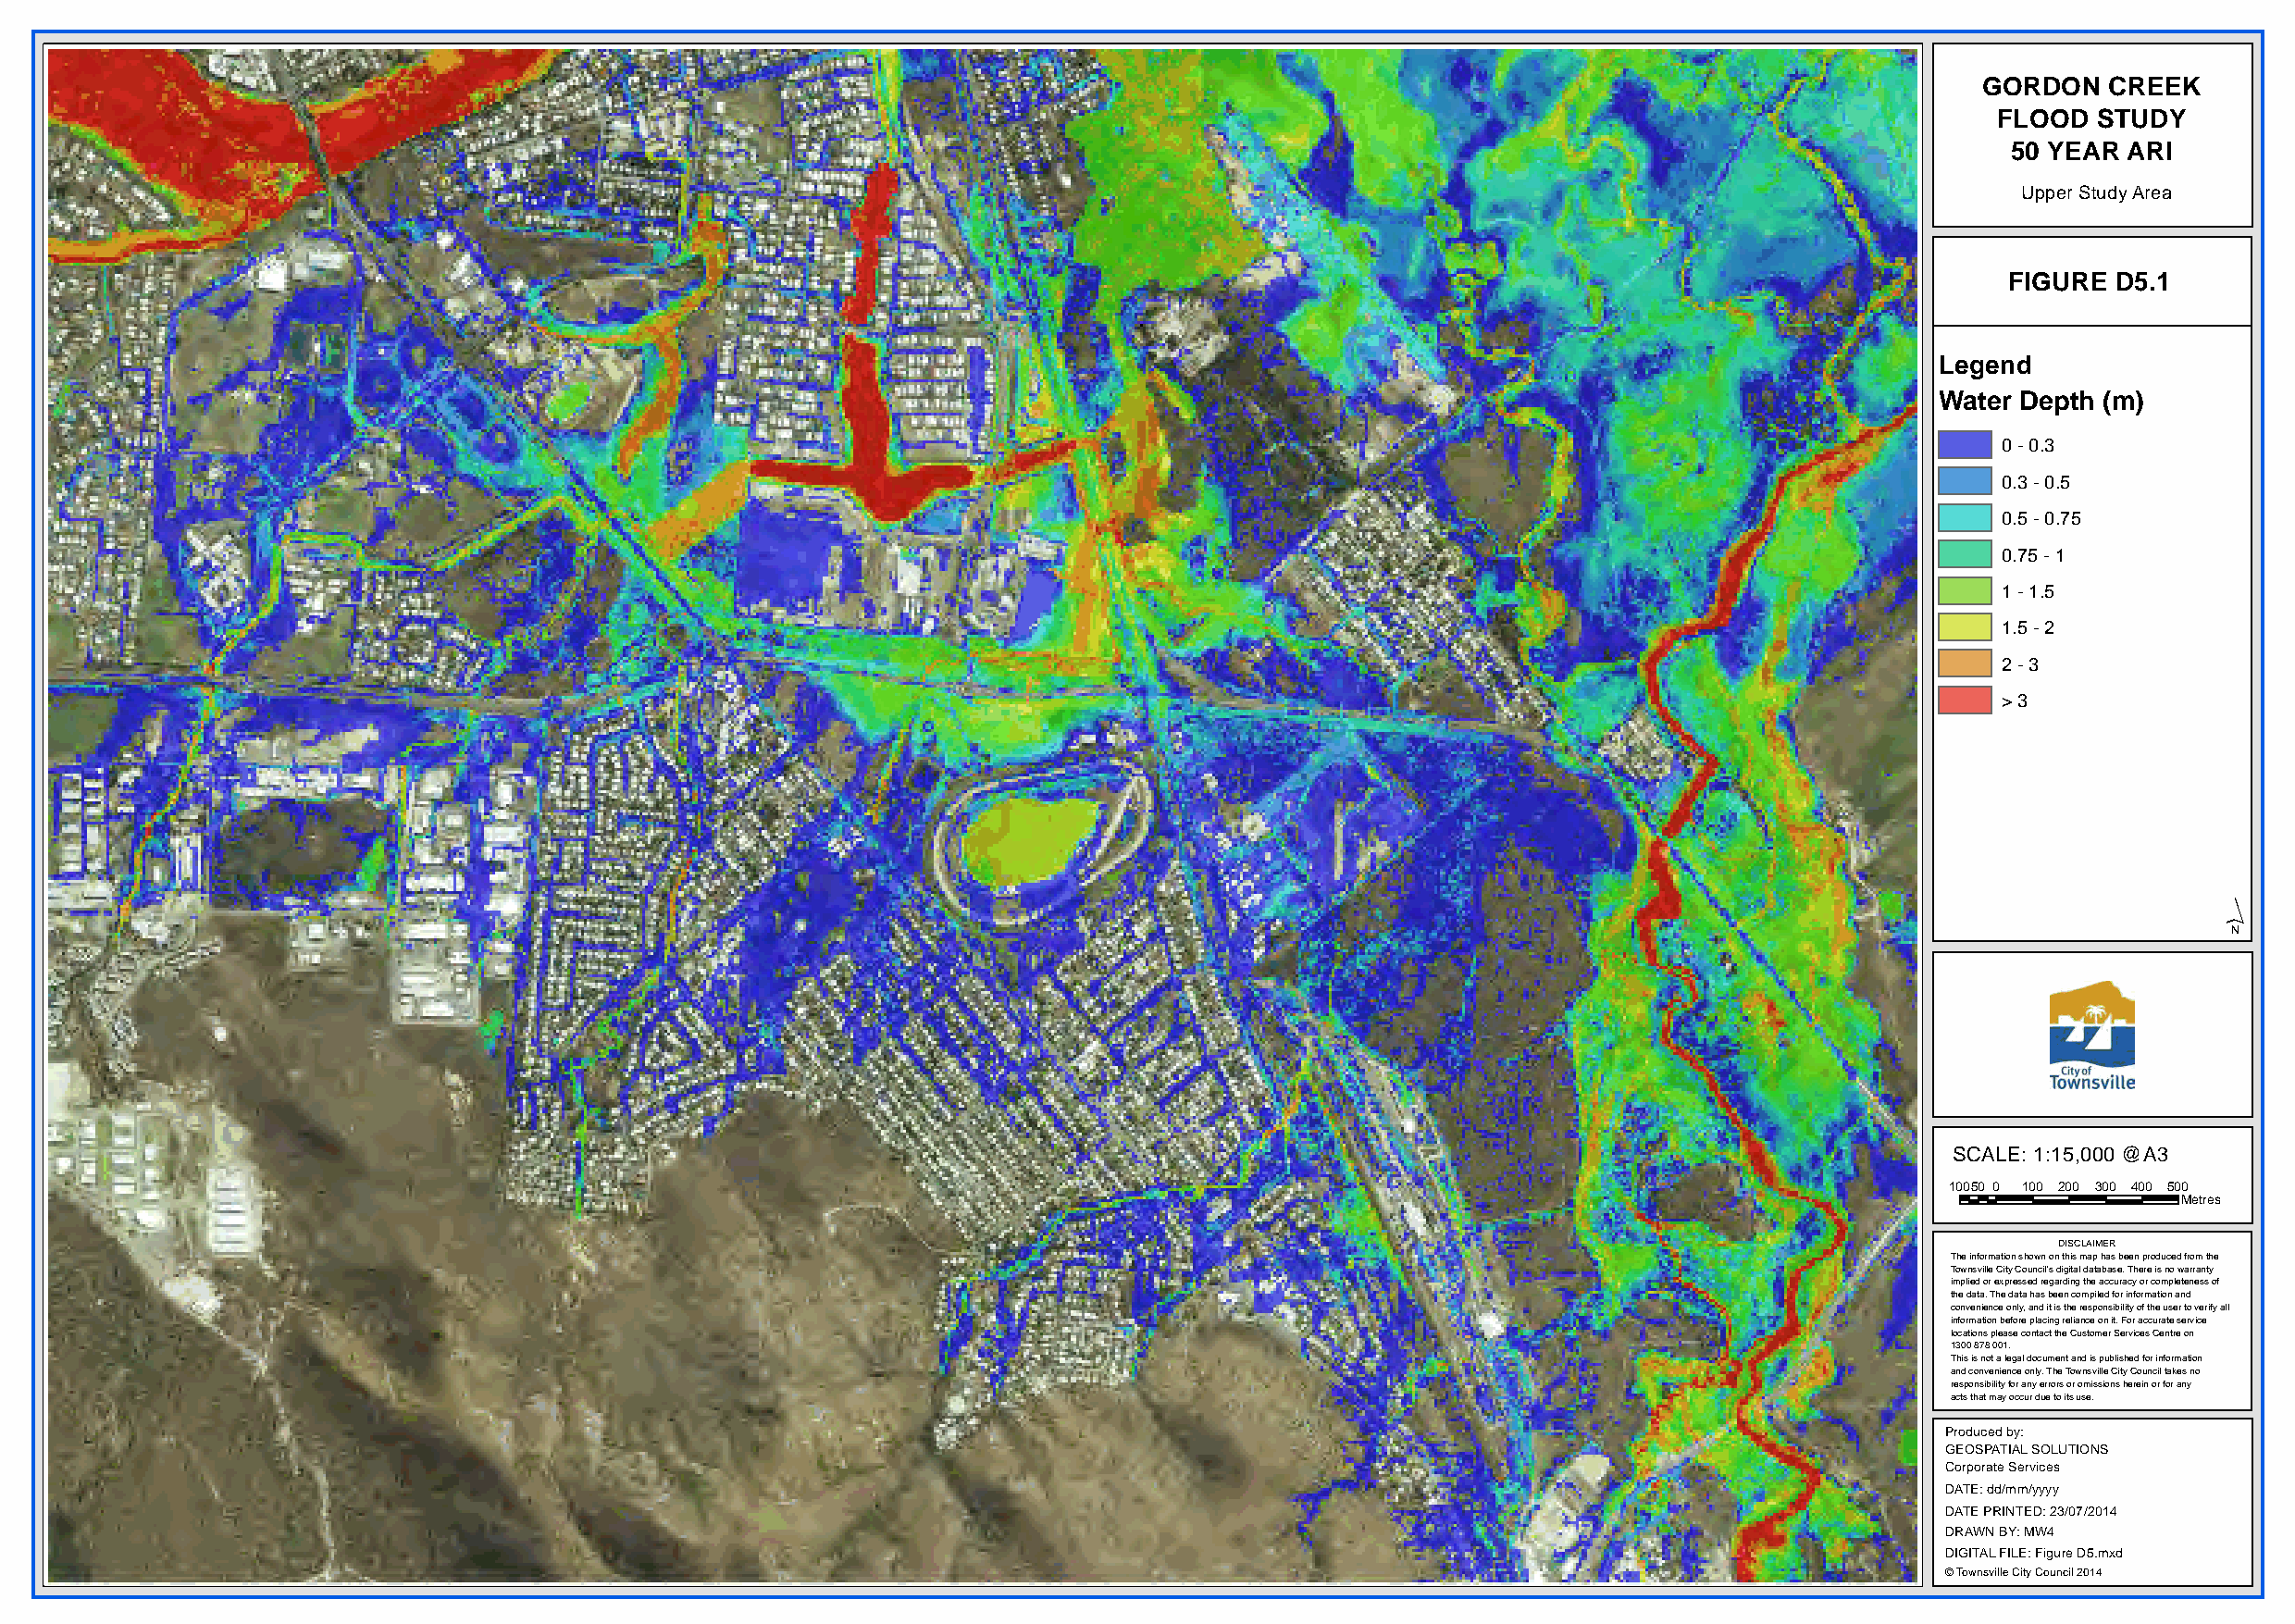
GORDON   CREEK
 FLOOD  STUDY
 50 YEAR ARI
 Upper Study Area
 FIGURE D5.1
 Legend
 Water Depth (m)
 0 - 0.3
 0.3 - 0.5
 0.5 - 0.75
 0.75 - 1
 1 - 1.5
 1.5 - 2
 2 - 3
 > 3
 ´
 SCALE: 1:15,000 @A3
 10050 0 100 200 300 400 500
 Metres
 DISCLAIMER
 The information shown on this map has been produced from the
 Townsville City Council's digital database. There is no warranty
 implied or expressed regarding the accuracy or completeness of
 the data. The data has been compiled for information and
 convenience only, and it is the responsibility of the user to verify all
 information before placing reliance on it. For accurate service
 locations please contact the Customer Services Centre on
 1300 878 001.
 This is not a legal document and is published for information
 and convenience only. The Townsville City Council takes no
 responsibility for any errors or omissions herein or for any
 acts that may occur due to its use.
 Produced by:
 GEOSPATIAL SOLUTIONS
 Corporate Services
 DATE: dd/mm/yyyy
 DATE PRINTED: 23/07/2014
 DRAWN BY: MW4
 DIGITAL FILE: Figure D5.mxd
 © Townsville City Council 2014